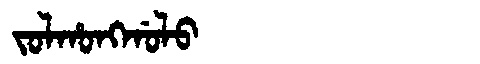
Manchu: ᠵᠣᠯᡥᠣᠩᡤᠣᠯᠣ
Romanization: JOLHONGGOLO